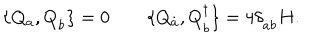
\{ Q _ { \dot { a } } , Q _ { \dot { b } } \} = 0 \qquad \{ Q _ { \dot { a } } , Q _ { \dot { b } } ^ { \dagger } \} = 4 \delta _ { \dot { a } \dot { b } } H .